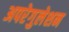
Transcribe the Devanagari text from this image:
अपरेगुलेशन